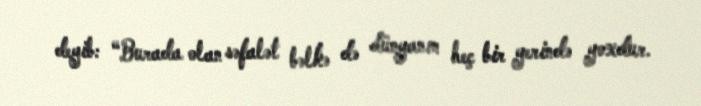
deyib: “Burada olan səfalət bəlkə də dünyanın heç bir yerində yoxdur.